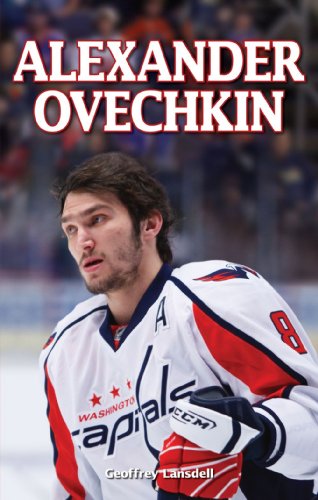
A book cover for Alexander Ovechkin; Geoffrey Lansdell; Biographies & Memoirs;